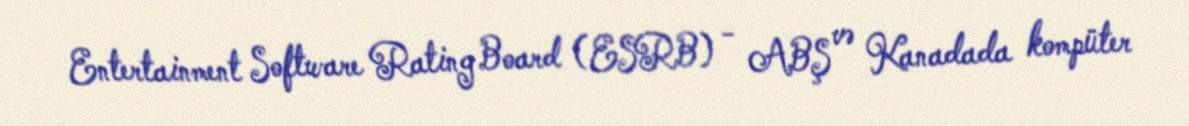
Entertainment Software Rating Board (ESRB) - ABŞ və Kanadada kompüter